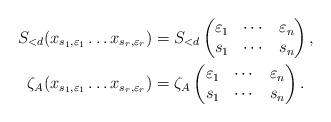
LaTeX: \begin{align*}S_{<d} (x_{s_1, \varepsilon_1}\dots x_{s_r, \varepsilon_r})&=S_{<d}\begin{pmatrix} \varepsilon_1 & \dotsb & \varepsilon_n \\s_1 & \dotsb & s_n \end{pmatrix},\\\zeta_A (x_{s_1, \varepsilon_1}\dots x_{s_r, \varepsilon_r})& =\zeta_A\begin{pmatrix} \varepsilon_1 & \dotsb & \varepsilon_n \\s_1 & \dotsb & s_n \end{pmatrix}.\end{align*}